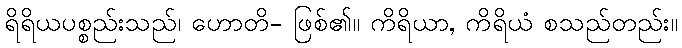
ရိရိယပစ္စည်းသည်၊ ဟောတိ- ဖြစ်၏။ ကိရိယာ, ကိရိယံ စသည်တည်း။